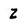
Character: Z